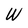
Character: W